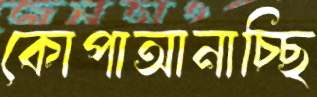
কোপাআনাচ্ছি